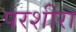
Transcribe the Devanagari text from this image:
परशीरा